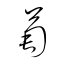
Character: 萄